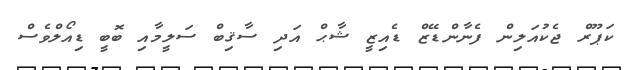
ކަޕޫރް ޖެކުއަލިން ފެނާންޑޭޒް ޑެއިޒީ ޝާޙް އަދި ސާޤިބް ސަލީމާއި ބޮބީ ޑިއޯލްވެސް